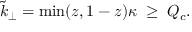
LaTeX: \tilde { k } _ { \perp } = \mathrm { m i n } ( z , 1 - z ) \kappa \; \geq \; Q _ { c } .